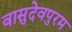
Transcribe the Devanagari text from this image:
वासुदेवपुरम